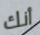
أنك